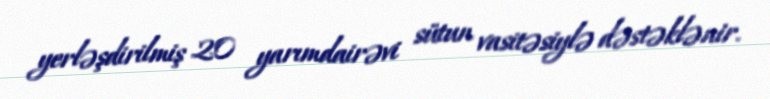
yerləşdirilmiş 20 yarımdairəvi sütun vasitəsiylə dəstəklənir.